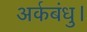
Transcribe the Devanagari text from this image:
अर्कबंधु।